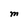
Character: M